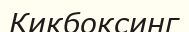
Кикбоксинг